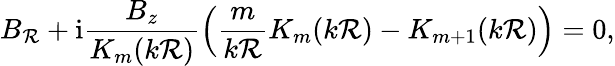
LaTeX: B_{\mathcal{R}}+\mathrm{{i}}\frac{{B_{z}}}{{K_{m}(k\mathcal{R})}}\left(\frac{{m}}{{k\mathcal{R}}}K_{m}(k\mathcal{R})-K_{m+1}(k\mathcal{R})\right)=0,